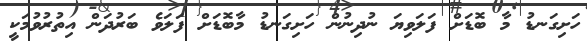
ހަށިގަނޑު މާ ބޮޑަށް ފަލަވިޔަ ނުދިނުން ހަށިގަނޑު މާބޮޑަށް ފަލަވެ ބަރުދަން އިތުރުވުމަކީ